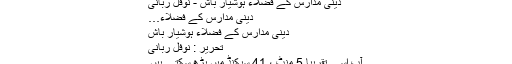
دینی مدارس کے فضلاء ہوشیار باش - نوفل ربانی
دینی مدارس کے فضلاء…
دینی مدارس کے فضلاء ہوشیار باش
تحریر : نوفل ربانی
آپ اسے تقریبا 5 منٹ ، 41 سیکنڈ میں پڑھ سکتے ہیں۔